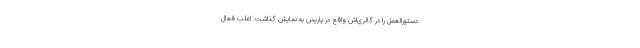
دستورالعمل را در گالری‌اش واقع در پاریس به نمایش گذاشت. اغلب فعال